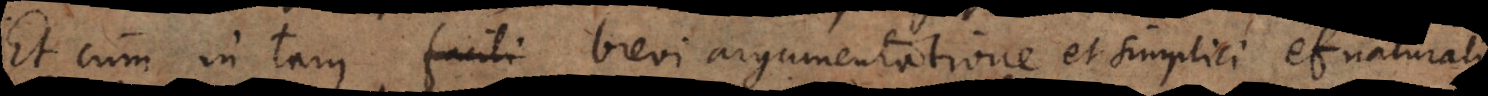
Et cum in tam facili brevi argumentatione facile aliquis